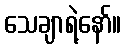
သေချာရဲ့နော်။